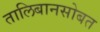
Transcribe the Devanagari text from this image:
तालिबानसोबत